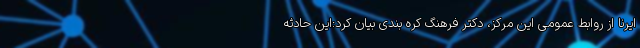
ایرنا از روابط عمومی این مرکز، دکتر فرهنگ کره بندی بیان کرد:این حادثه